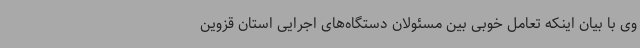
وی با بیان اینکه تعامل خوبی بین مسئولان دستگاه‌های اجرایی استان قزوین